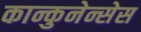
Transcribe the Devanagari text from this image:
कान्कुनेन्सेस